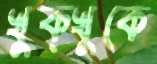
খুক্‌খুকে